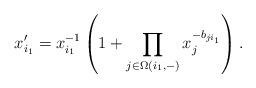
LaTeX: \begin{align*}x_{i_1}' = x_{i_1}^{-1}\left(1 + \prod_{j\in \Omega(i_1,-)} x_j^{-b_{ji_1}} \right).\end{align*}